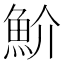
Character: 魪